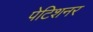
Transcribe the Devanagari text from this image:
पेटिशनर